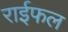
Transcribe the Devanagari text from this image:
राईफल